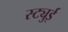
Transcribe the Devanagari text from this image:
स्ट्युई